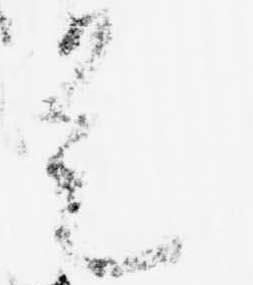
是